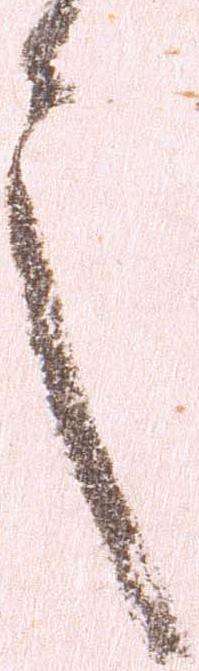
言